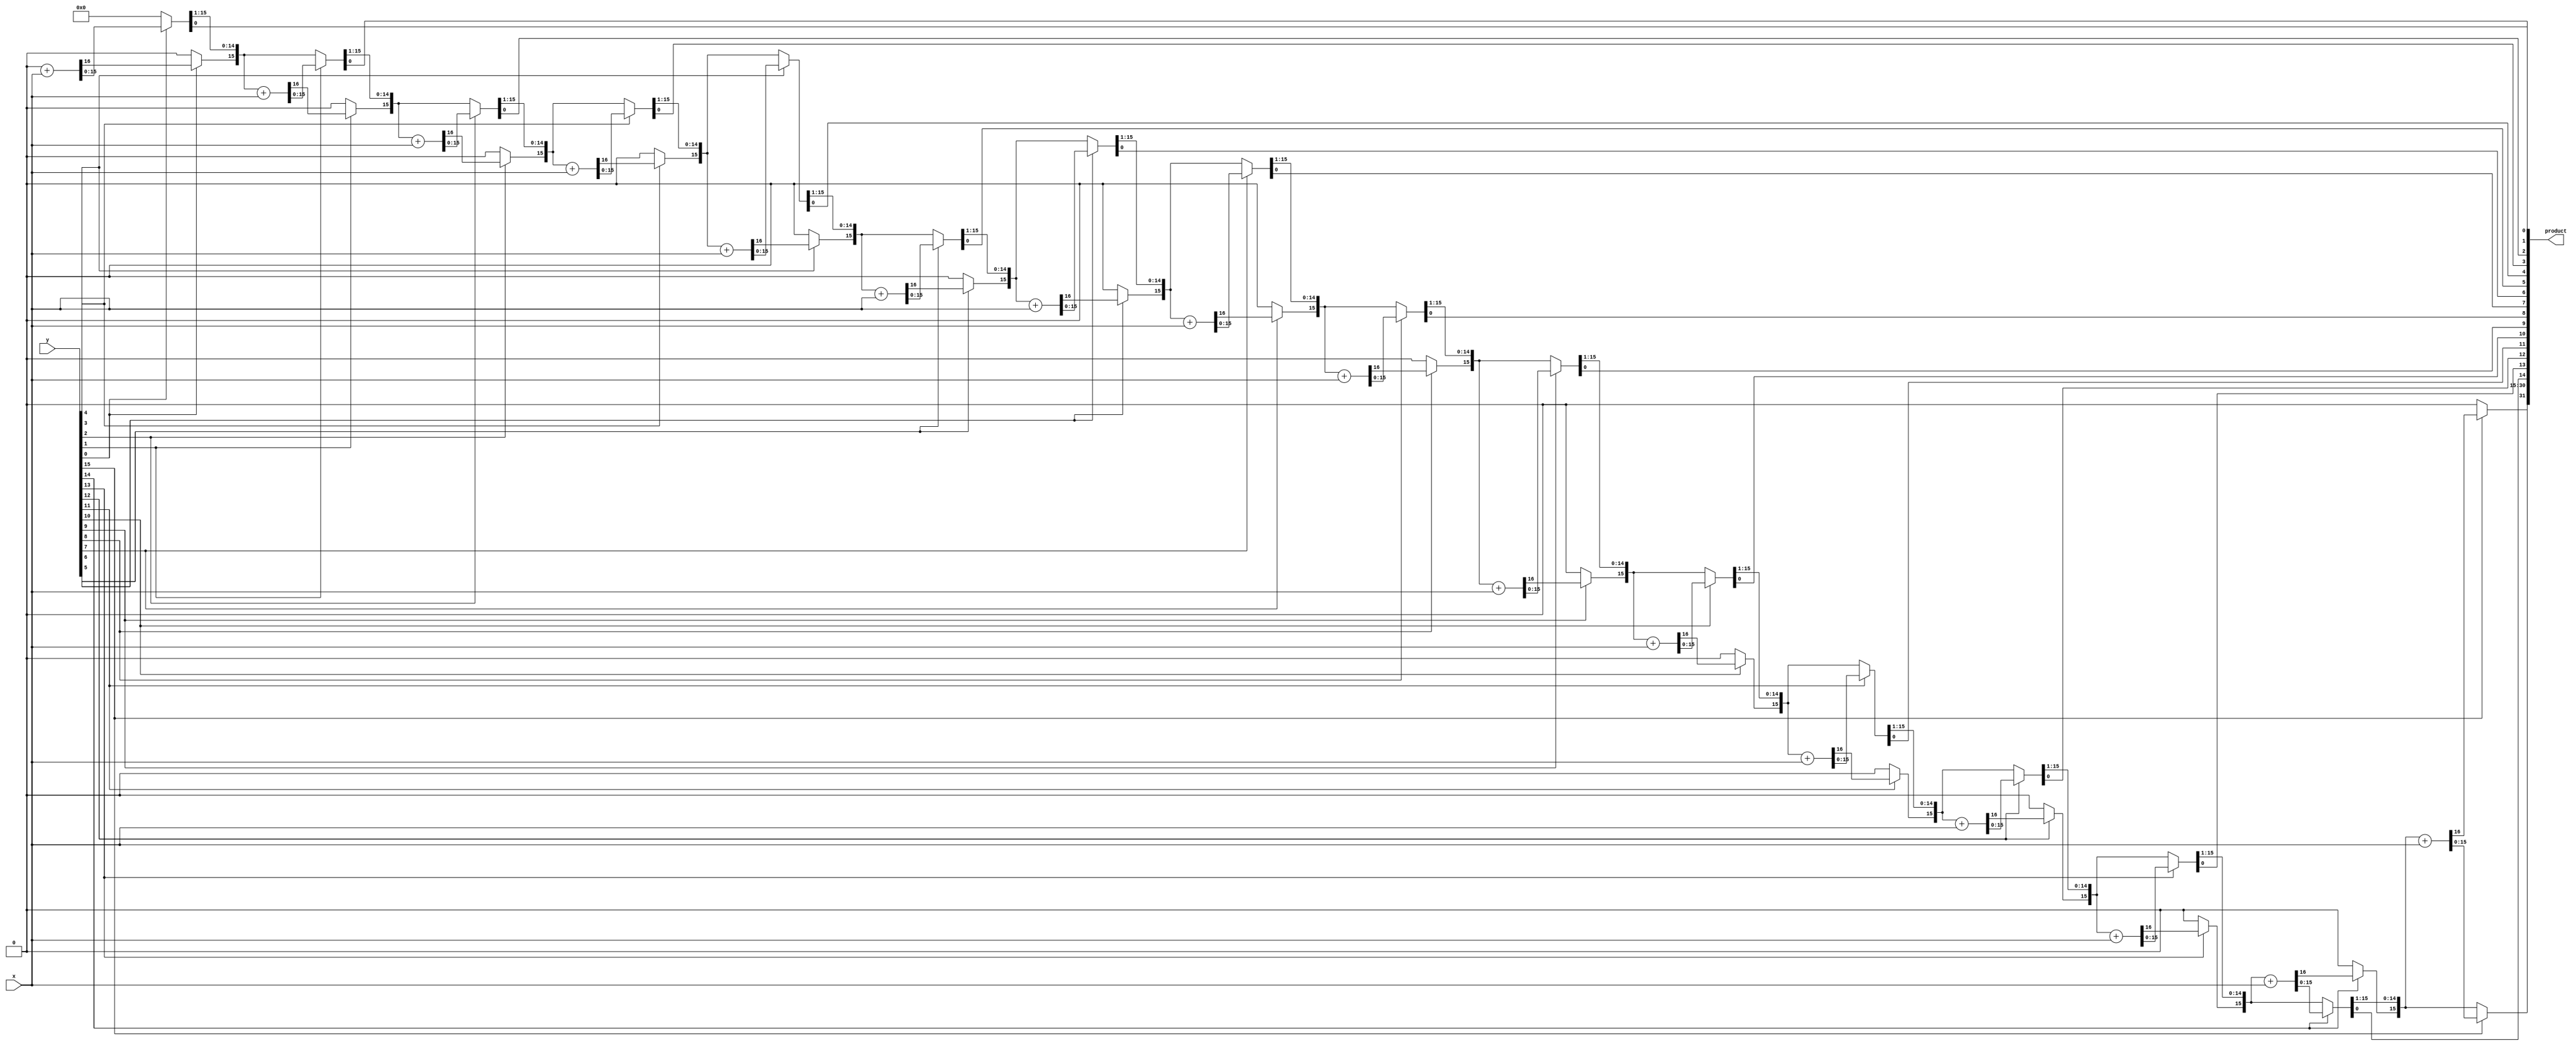
module multiplication(product,x,y);
input[15:0] x,y;
output reg[31:0] product;
reg carry;
reg[15:0] m,q,temp;

integer i;
always @(*)
begin
	product=0;
	temp=0;
	#1;
	m=x;
	q=y;
	for(i=0;i<16;i=i+1)
	begin
		carry=0;
		if(q[0])
		begin
			{carry,temp}=temp+m;
		end
		{temp,q}={carry,temp,q} >> 1;
		
	end
	product={temp,q};
end
endmodule
//test
module muliply_tb;
reg[15:0] x,y;
wire[31:0] product;
multiplication n1(product,x,y);
initial
begin
	x=10;
	y=2; #10;
end
endmodule